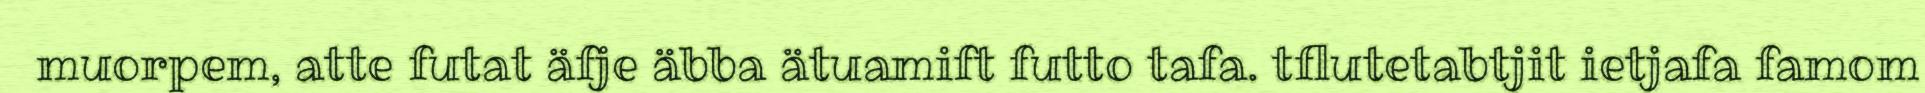
muorpem, atte futat äfje äbba ätuamift futto tafa. tflutetabtjit ietjafa famom